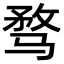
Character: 骛